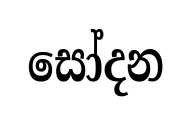
සෝදන